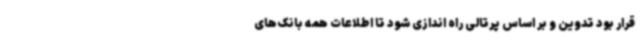
قرار بود تدوین و بر اساس پرتالی راه اندازی شود تا اطلاعات همه بانک‌های